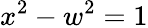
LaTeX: x^{2}-w^{2}=1